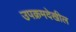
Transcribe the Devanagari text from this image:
उपक्रमदेखील